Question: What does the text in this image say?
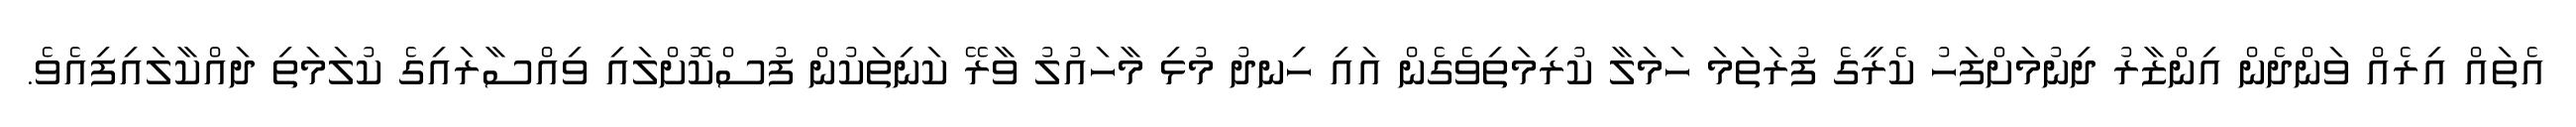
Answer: އެތައް އިރެއް ވަންދެން އިންޒާރު ދިނުމަށްފަހު ކެރީގެ ފުރަތަމަ ހަމަލާ ކުރިމަތިވެގެން އައި ހިނދު މުޅި މާހައުލު ވާރޭ ކަނިތަކުން ފުސްކޮށްލައި ވިއްސާރައިގެ ކުލަމަތި ދައްކާލައިފިއެވެ.